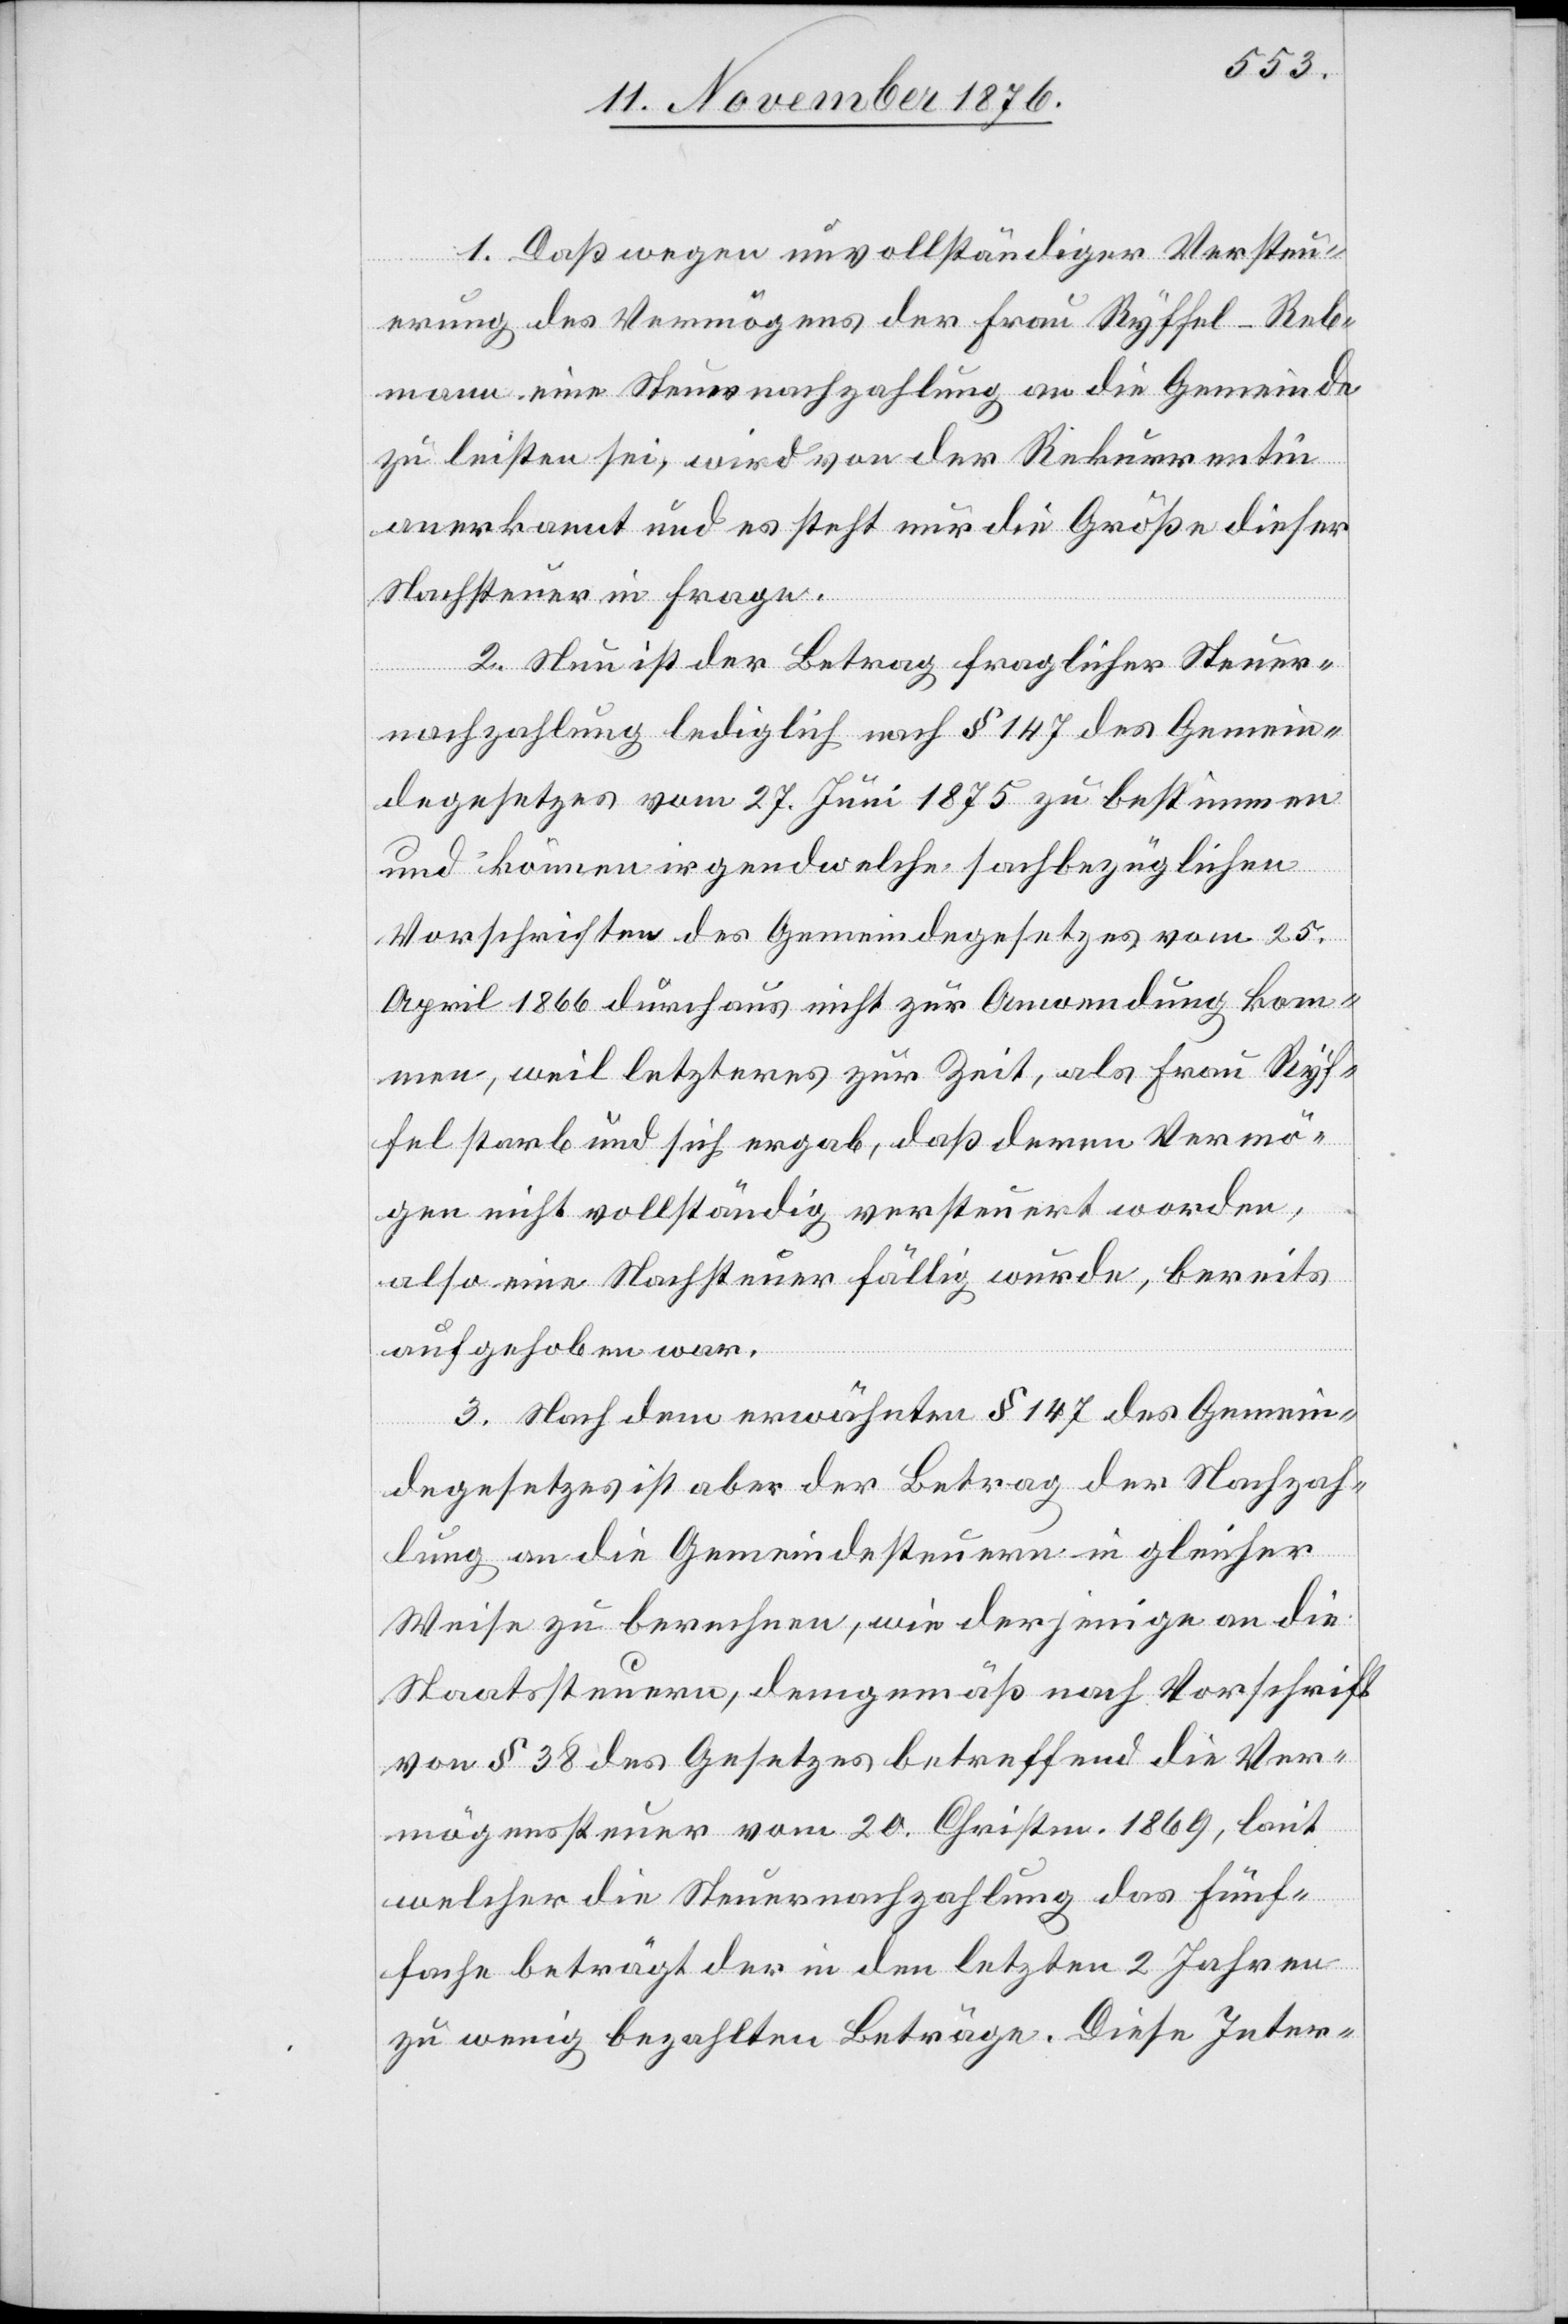
1. Daß wegen unvollständiger Versteu¬
erung des Vermögens der Frau Ryffel-Reb¬
mann eine Steuernachzahlung an die Gemeinde
zu leisten sei, wird von der Rekurrentin
anerkannt und es steht nur die Größe dieser
Nachsteuer in Frage.
2. Nun ist der Betrag fraglicher Steuer¬
nachzahlung lediglich nach § 147 des Gemein¬
degesetzes vom 27. Juni 1875 zu bestimmen
und können irgendwelche sachbezüglichen
Vorschriften des Gemeindegesetzes vom 25.
April 1866 durchaus nicht zur Anwendung kom¬
men, weil letzteres zur Zeit, als Frau Ryf¬
fel starb und sich ergab, daß deren Vermö¬
gen nicht vollständig versteuert worden,
also eine Nachsteuer fällig wurde, bereits
aufgehoben war.
3. Nach dem erwähnten § 147 des Gemein¬
degesetzes ist aber der Betrag der Nachzah¬
lung an die Gemeindesteuern in gleicher
Weise zu berechnen, wie derjenige an die
Staatssteuern, demgemäß nach Vorschrift
von § 38 des Gesetzes betreffend die Ver¬
mögenssteuer vom 20. Christm. 1869, laut
welcher die Steuernachzahlung das fünf¬
fache beträgt der in den letzten 2 Jahren
zu wenig bezahlten Beträge. Diese Inter-